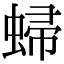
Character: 𧌈